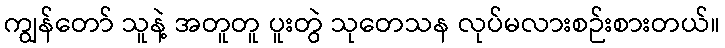
ကျွန်တော် သူနဲ့ အတူတူ ပူးတွဲ သုတေသန လုပ်မလားစဉ်းစားတယ်။